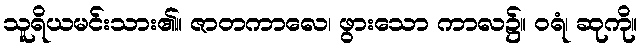
သူရိယမင်းသား၏။ ဇာတကာလေ၊ ဖွားသော ကာလ၌။ ဝရံ၊ ဆုကို။